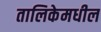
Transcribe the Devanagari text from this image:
तालिकेमधील